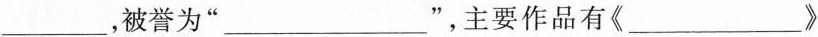
___ ，被誉为”___ ”，主要作品有《___ 》